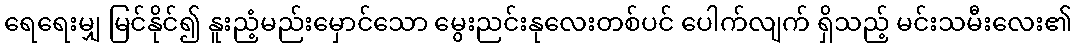
ရေရေးမျှ မြင်နိုင်၍ နူးညံ့မည်းမှောင်သော မွေးညင်းနုလေးတစ်ပင် ပေါက်လျက် ရှိသည့် မင်းသမီးလေး၏